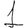
Digit: 1